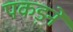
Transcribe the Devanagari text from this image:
पकड़नें